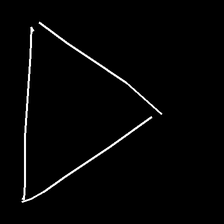
Glyph: convergence